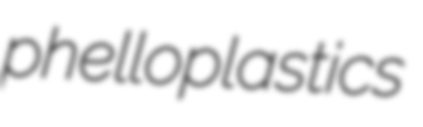
phelloplastics